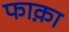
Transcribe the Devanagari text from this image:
फाक़ा